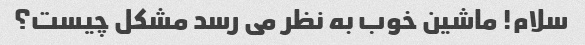
سلام! ماشین خوب به نظر می رسد مشکل چیست؟